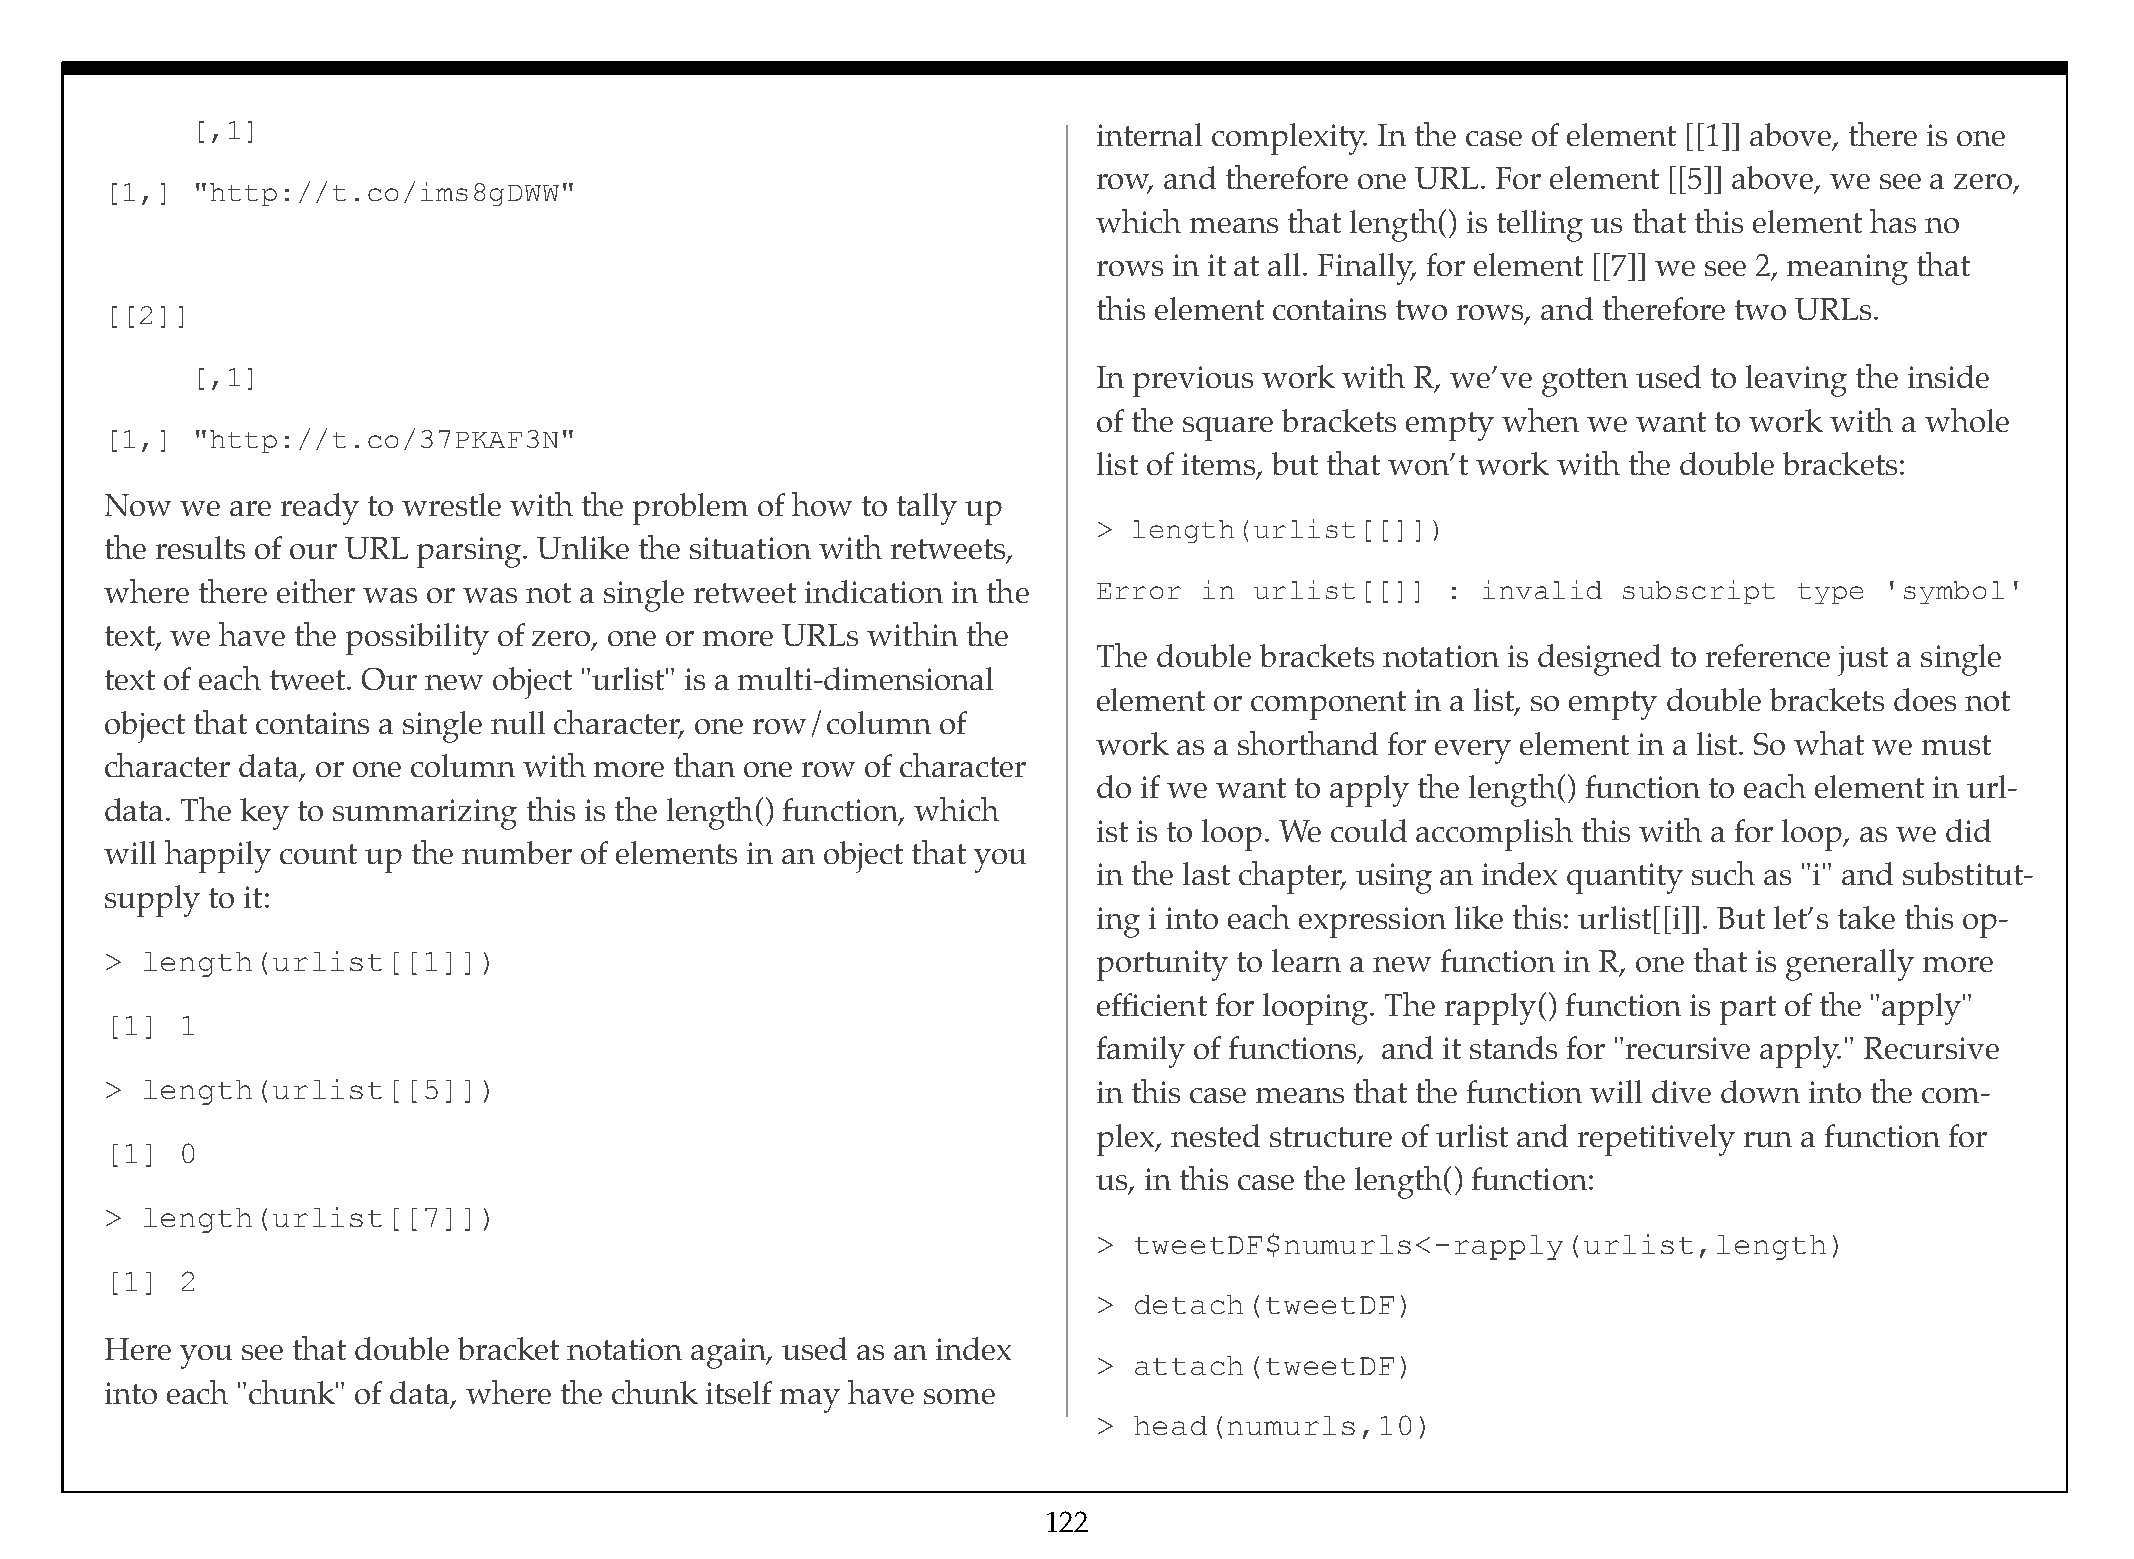
[,1]                                                        internal complexity. In the case of element [[1]] above, there is one
 row, and therefore one URL. For element [[5]] above, we see a zero,
 [1,]  "http://t.co/ims8gDWW"
 which means that length() is telling us that this element has no
 rows in it at all. Finally, for element [[7]] we see 2, meaning that
 this element contains two rows, and therefore two URLs.
 [[2]]
 [,1]                                                        In previous work with R, we’ve gotten used to leaving the inside
 of the square brackets empty when we want to work with a whole
 [1,]  "http://t.co/37PKAF3N"
 list of items, but that won’t work with the double brackets:
 Now  we are ready to wrestle with the problem of how to tally up
 > length(urlist[[]])
 the results of our URL parsing. Unlike the situation with retweets,
 where there either was or was not a single retweet indication in the Error in urlist[[]] : invalid  subscript   type  'symbol'
 text, we have the possibility of zero, one or more URLs within the
 The double brackets notation is designed to reference just a single
 text of each tweet. Our new object "urlist" is a multi-dimensional
 element or component in a list, so empty double brackets does not
 object that contains a single null character, one row/column of
 work as a shorthand for every element in a list. So what we must
 character data, or one column with more than one row of character
 do if we want to apply the length() function to each element in url-
 data. The key to summarizing this is the length() function, which
 ist is to loop. We could accomplish this with a for loop, as we did
 will happily count up the number of elements in an object that you
 in the last chapter, using an index quantity such as "i" and substitut-
 supply to it:
 ing i into each expression like this: urlist[[i]]. But let’s take this op-
 > length(urlist[[1]])                                             portunity to learn a new function in R, one that is generally more
 efficient for looping. The rapply() function is part of the "apply"
 [1]  1
 family of functions, and it stands for "recursive apply." Recursive
 > length(urlist[[5]])                                             in this case means that the function will dive down into the com-
 plex, nested structure of urlist and repetitively run a function for
 [1]  0
 us, in this case the length() function:
 > length(urlist[[7]])
 > tweetDF$numurls<-rapply(urlist,length)
 [1]  2
 > detach(tweetDF)
 Here you see that double bracket notation again, used as an index
 > attach(tweetDF)
 into each "chunk" of data, where the chunk itself may have some
 > head(numurls,10)
 122